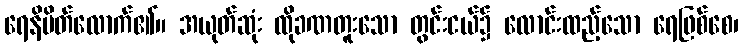
ရေနိမိတ်လောက်၏။ အယုတ်ဆုံး ထိုခဏတူးသော တွင်းငယ်၌ လောင်းထည့်သော ရေဖြစ်စေ၊